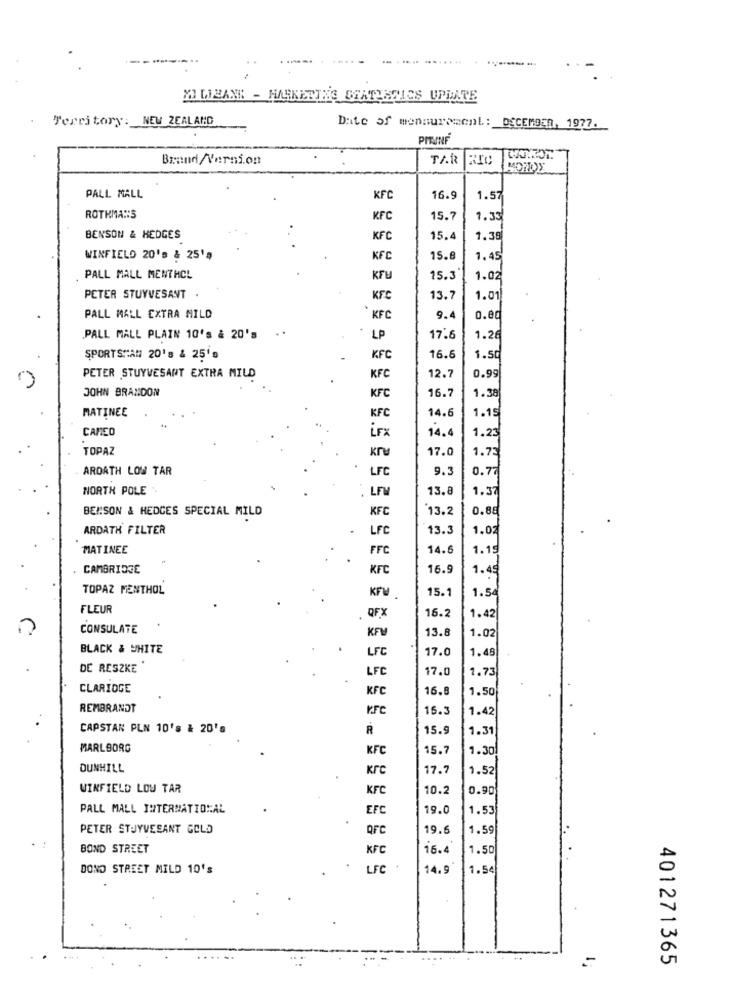
-...
....
YO LIBANK - HARKETTHE BEATLESICS UPDATE
Territory: NEW ZEALAND
Date of mennurement: DECEMBER, 1977.
PITAINF
Brand /Version
TAR RIC
PALL MALL
KFC
16.9
1.57
ROTHMAN:5
KFC
15.7
1.35
BENSON & HEDGES
KFC
15.4
1.39
WINFIELD 20's & 251
KFC
15.6
1.45
PALL MALL MENTHOL
KTU
15.3
1.02
PETER STUYVESANT .
KFC
13.7
1.01
PALL MALL EXTRA MILD
` KFC
9.4
o.ec
..
PALL MALL PLAIN 10's & 20's
LP
17.6
1.26
SPORTSMAN 20'8 & 25's
KFC
16.6
1.50
PETER STUYVESANT EXTRA MILD
KFC
12.7
0.99
JOHN BRANDON
16.7
1.38
KFC
14.6
MATINEE
KFC
1.15
CAMEO
irx
14.4
1.23
TOPAZ
кг
17.0
1.73
ARDATH LOW TAR
LFC
9.3
0.77
NORTH POLE
. LF
13.8
1.37
BENSON & HEDCES SPECIAL MILD
KFC
13.2
0.88
ARDATH FILTER
LFC
13.3
1.02
MATINEE
FFC
14.6
1.15
CAMBRIDGE
KFC
16.9
1.45
TOPAZ MENTHOL
15.
1.54
KFW.
FLEUR
QFX
16.2
1.42
CONSULATE
13.8
1.02
KFL
BLACK & WHITE
LF
17.0
1.48
DE RESZKE
LFC
17.0
1.73
CLARIDGE
KFC
16.8
1.50
REMBRANDT
15.3
1.42
5
CAPSTAN PLN 10's & 20's
R
15.
1.31
MARLBORG
KFC
15.7
1.30
DUNHILL
кгС
17.7
1.52
WINFIELD LOW TAR
KFC
10.2
0.90
PALL MALL INTERNATIONAL
EFC
19.0
1.53
PETER STUYVESANT GOLD
QFC
19.6
1.59
BOND STREET
KFC
16.4
1.50
DOND STREET MILD 10's
LFC
14.9
1.54
401271365